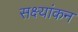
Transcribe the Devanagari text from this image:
सक्ष्यांकन